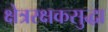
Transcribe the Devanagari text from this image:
क्षेत्ररक्षकसुद्धा